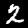
Digit: 2